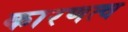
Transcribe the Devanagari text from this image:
कारणत्व